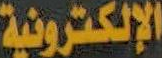
الإلكترونية